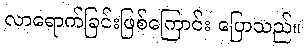
လာရောက်ခြင်းဖြစ်ကြောင်း ပြောသည်။